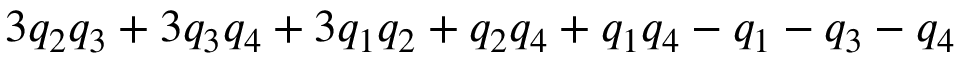
3 q _ { 2 } q _ { 3 } + 3 q _ { 3 } q _ { 4 } + 3 q _ { 1 } q _ { 2 } + q _ { 2 } q _ { 4 } + q _ { 1 } q _ { 4 } - q _ { 1 } - q _ { 3 } - q _ { 4 }